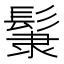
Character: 𩭞